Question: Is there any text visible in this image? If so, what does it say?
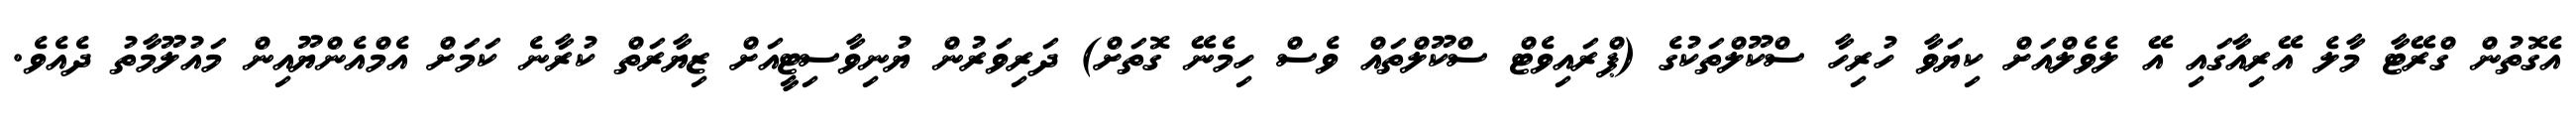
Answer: އެގޮތުން ގްރޭޓާ މާލެ އޭރިއާގައި އޭ ލެވެލްއަށް ކިޔަވާ ހުރިހާ ސްކޫލްތަކުގެ (ޕްރައިވެޓް ސްކޫލްތައް ވެސް ހިމެނޭ ގޮތަށް) ދަރިވަރުން ޔުނިވާސިޓީއަށް ޒިޔާރަތް ކުރާނެ ކަމަށް އެމްއެންޔޫއިން މައުލޫމާތު ދެއެވެ.